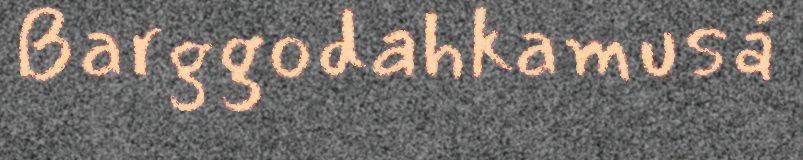
Barggodahkamusá